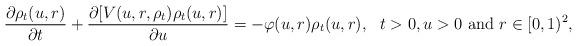
LaTeX: \begin{align*} \frac{\partial \rho_t(u,r)}{\partial t }+ \frac{\partial [V(u,r,\rho_t) \rho_t(u,r)]}{\partial u }=-\varphi(u,r) \rho_t(u,r), \ \ t>0,u>0 \ \mbox{and}\ r\in[0,1)^2, \end{align*}